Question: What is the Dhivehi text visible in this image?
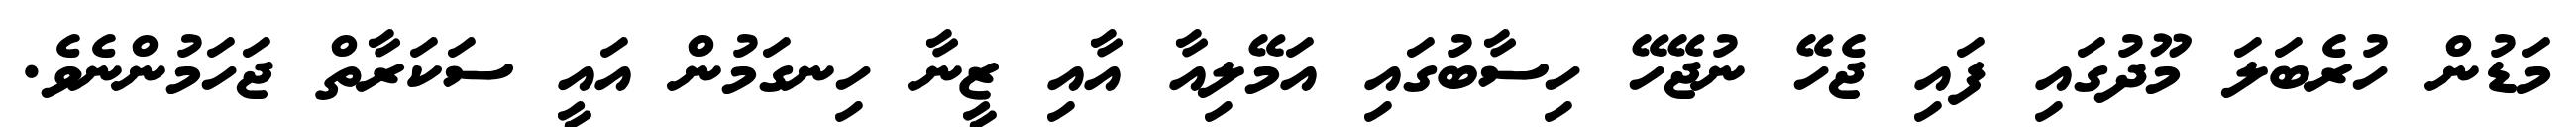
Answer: މަޑުން ހުރެބަލަ މޫދުގައި ފައި ޖެހޭ ނުޖޭހޭ ހިސާބުގައި އަމޭލިއާ އާއި ޒީނާ ހިނގަމުން އައީ ސަކަރާތް ޖަހަމުންނެވެ.